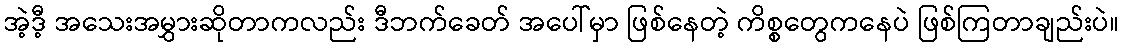
အဲ့ဒီ့ အသေးအမွှားဆိုတာကလည်း ဒီဘက်ခေတ် အပေါ်မှာ ဖြစ်နေတဲ့ ကိစ္စတွေကနေပဲ ဖြစ်ကြတာချည်းပဲ။